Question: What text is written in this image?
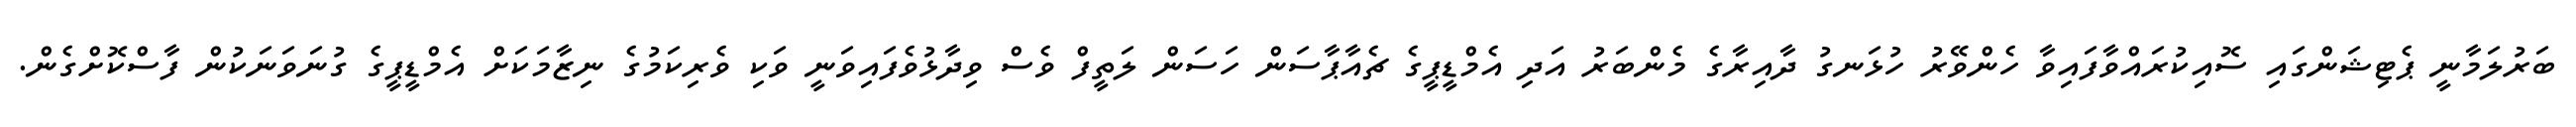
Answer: ބަރުލަމާނީ ޕެޓިޝަންގައި ސޮއިކުރައްވާފައިވާ ހެންވޭރު ހުޅަނގު ދާއިރާގެ މެންބަރު އަދި އެމްޑީޕީގެ ޗެއާޕާސަން ހަސަން ލަތީފް ވެސް ވިދާޅުވެފައިވަނީ ވަކި ވެރިކަމުގެ ނިޒާމަކަށް އެމްޑީޕީގެ ގުނަވަނަކުން ފާސްކޮށްގެން.